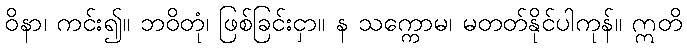
ဝိနာ၊ ကင်း၍။ ဘဝိတုံ၊ ဖြစ်ခြင်းငှာ။ န သက္ကောမ၊ မတတ်နိုင်ပါကုန်။ ဣတိ